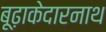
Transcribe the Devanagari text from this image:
बूढ़ाकेदारनाथ